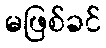
မဖြစ်ခင်